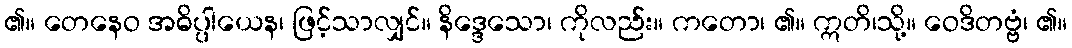
၏။ တေနေဝ အဓိပ္ပါယေန၊ ဖြင့်သာလျှင်။ နိဒ္ဒေသော၊ ကိုလည်း။ ကတော၊ ၏။ ဣတိ၊သို့။ ဝေဒိတဗ္ဗံ၊ ၏။